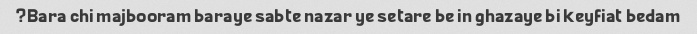
Bara chi majbooram baraye sabte nazar ye setare be in ghazaye bi keyfiat bedam?